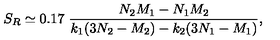
S _ { R } \simeq 0 . 1 7 \ \frac { N _ { 2 } M _ { 1 } - N _ { 1 } M _ { 2 } } { k _ { 1 } ( 3 N _ { 2 } - M _ { 2 } ) - k _ { 2 } ( 3 N _ { 1 } - M _ { 1 } ) } ,